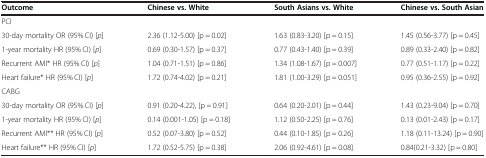
<table><thead><tr><td><b>Outcome</b></td><td><b>Chinese vs. White</b></td><td><b>South Asians vs. White</b></td><td><b>Chinese vs. South Asian</b></td></tr></thead><tbody><tr><td colspan="4">PCI</td></tr><tr><td>30-day mortality OR (95% CI) [<i>p</i>]</td><td>2.36 (1.12-5.00) [p = 0.02]</td><td>1.63 (0.83-3.20) [p = 0.15]</td><td>1.45 (0.56-3.77) [p = 0.45]</td></tr><tr><td>1-year mortality HR (95% CI) [<i>p</i>]</td><td>0.69 (0.30-1.57) [p = 0.37]</td><td>0.77 (0.43-1.40) [p = 0.39]</td><td>0.89 (0.33-2.40) [p = 0.82]</td></tr><tr><td>Recurrent AMI* HR (95% CI) [<i>p</i>]</td><td>1.04 (0.71-1.51) [p = 0.86]</td><td>1.34 (1.08-1.67) [p = 0.007]</td><td>0.77 (0.51-1.17) [p = 0.22]</td></tr><tr><td>Heart failure* HR (95% CI) [<i>p</i>]</td><td>1.72 (0.74-4.02) [p = 0.21]</td><td>1.81 (1.00-3.29) [p = 0.051]</td><td>0.95 (0.36-2.55) [p = 0.92]</td></tr><tr><td colspan="4">CABG</td></tr><tr><td>30-day mortality OR (95% CI) [<i>p</i>]</td><td>0.91 (0.20-4.22), [p = 0.91]</td><td>0.64 (0.20-2.01) [p = 0.44]</td><td>1.43 (0.23-9.04) [p = 0.70]</td></tr><tr><td>1-year mortality HR (95% CI) [<i>p</i>]</td><td>0.14 (0.001-1.05) [p = 0.18]</td><td>1.12 (0.50-2.25) [p = 0.76]</td><td>0.13 (0.01-2.43) [p = 0.17]</td></tr><tr><td>Recurrent AMI** HR (95% CI) [<i>p</i>]</td><td>0.52 (0.07-3.80) [p = 0.52]</td><td>0.44 (0.10-1.85) [p = 0.26]</td><td>1.18 (0.11-13.24) [p = 0.90]</td></tr><tr><td>Heart failure** HR (95% CI) [<i>p</i>]</td><td>1.72 (0.52-5.75) [p = 0.38]</td><td>2.06 (0.92-4.61) [p = 0.08]</td><td>0.84(0.21-3.32) [p = 0.80]</td></tr></tbody></table>